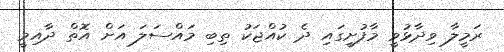
ރަމީލާ ވިދާޅުވީ މާފުށީގައި ދެ ކުއްޖަކު ތިބި މައްސަލަ އަށް އޮތް ދާއިމީ